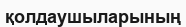
қолдаушыларының